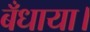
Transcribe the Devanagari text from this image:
बँधाया।